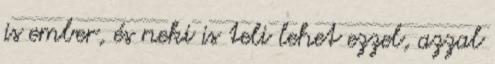
is ember, és neki is teli lehet ezzel, azzal